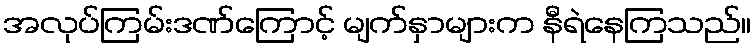
အလုပ်ကြမ်းဒဏ်ကြောင့် မျက်နှာများက နီရဲနေကြသည်။